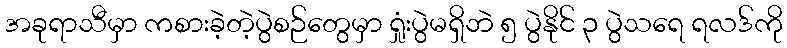
အခုရာသီမှာ ကစားခဲ့တဲ့ပွဲစဉ်တွေမှာ ရှုံးပွဲမရှိဘဲ ၅ ပွဲနိုင် ၃ ပွဲသရေ ရလဒ်ကို